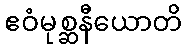
ဧဝံမုစ္ဆနီယောတိ